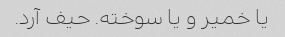
یا خمیر و یا سوخته. حیف آرد.